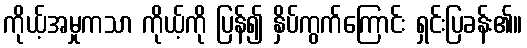
ကိုယ့်အမှုကသာ ကိုယ့်ကို ပြန်၍ နှိပ်ကွက်ကြောင်း ရှင်းပြခန်း၏။